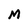
Character: M